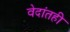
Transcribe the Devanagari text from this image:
वेदांतही